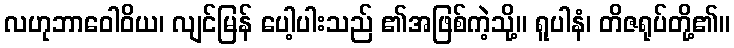
လဟုဘာဝေါဝိယ၊ လျင်မြန် ပေါ့ပါးသည် ၏အဖြစ်ကဲ့သို့။ ရူပါနံ၊ တိဇရုပ်တို့၏။